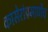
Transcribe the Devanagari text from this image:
कासेरांप्रमाणेंच